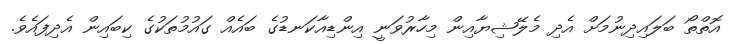
އޮތްތޯ ބަލައިދިނުމަށް އެދި މެލޭޝިޔާއިން މިހާރުވަނީ އިންޑިއާކަނޑުގެ ބައެއް ގައުމުތަކުގެ ކިބައިން އެދިފައެވެ.